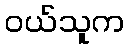
ဝယ်သူက